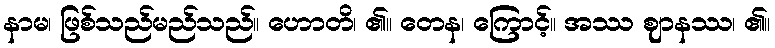
နာမ၊ ဖြစ်သည်မည်သည်။ ဟောတိ၊ ၏။ တေန၊ ကြောင့်။ အဿ ဈာနဿ၊ ၏။